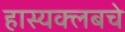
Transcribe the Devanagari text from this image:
हास्यक्लबचे